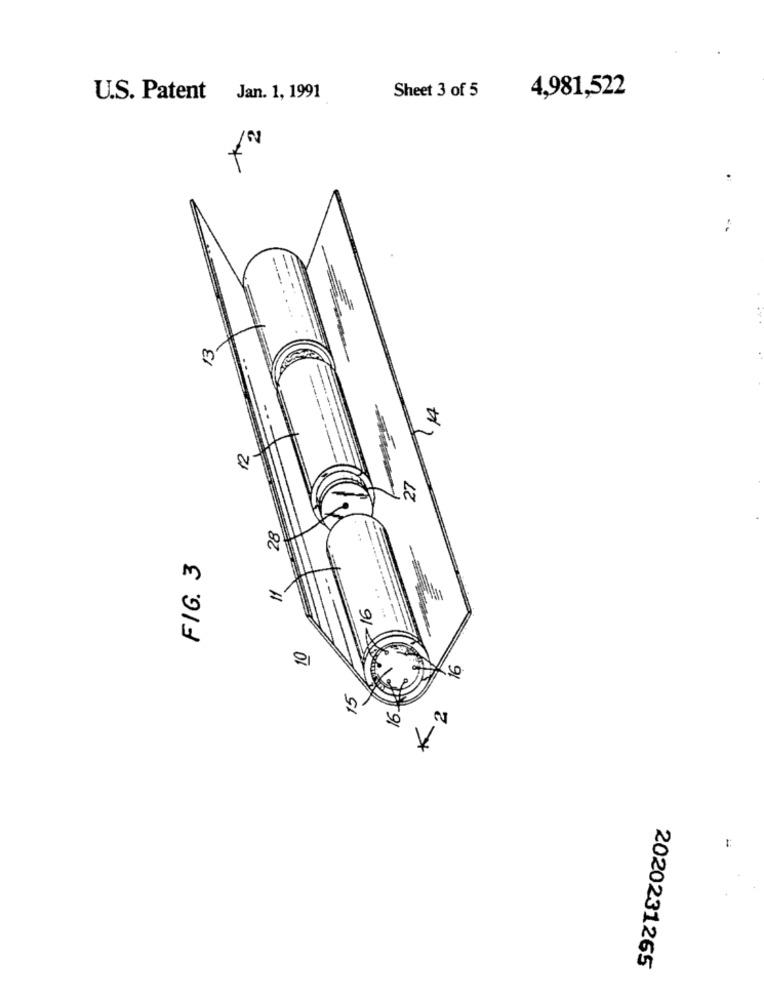
4,981,522
U.S. Patent Jan. 1, 1991
Sheet 3 of 5
---
...
13
tr
2
28
FIG. 3
S
9
V
1
2020231265